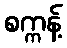
စက္ကန့်